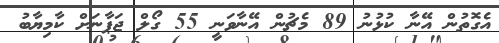
އެގޮތުން އޭނާ ކުޅުނު 89 މެޗުން އޭނާވަނީ 55 ގޯލް ޖަޕާނަށް ކާމިޔާބު